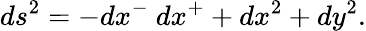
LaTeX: ds^{2}=-dx^{-}~dx^{+}+dx^{2}+dy^{2}.